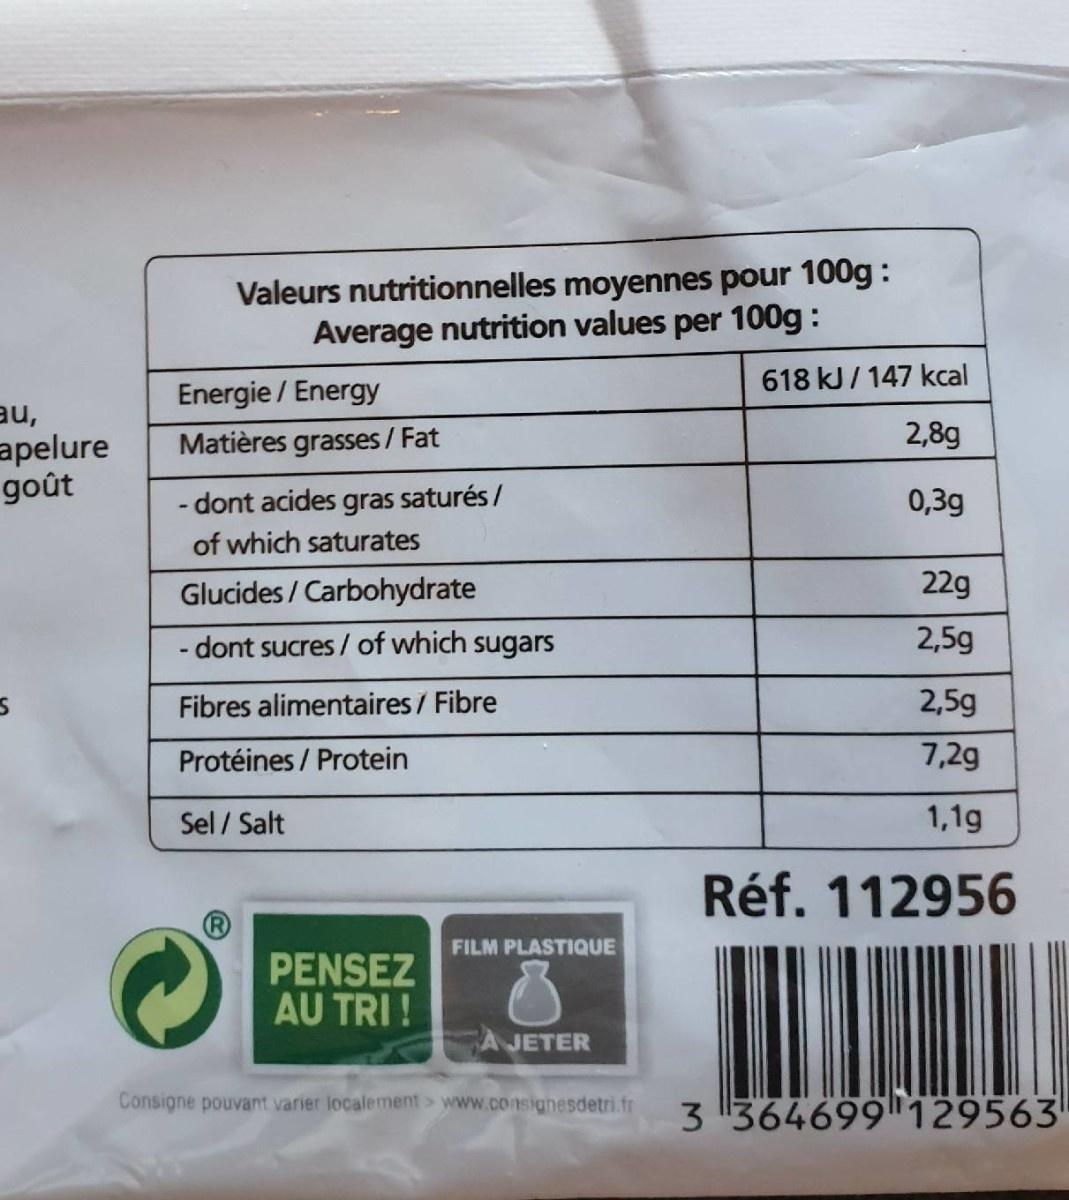
Valeurs nutritionnelles moyennes pour 100g: Average nutrition values per 100g :
618 kJ/ 147 kcal
Energie / Energy
'nE apelure
Matières grasses / Fat
2,8g
goût
- dont acides gras saturés/
0,3g
of which saturates
Glucides / Carbohydrate
22g
- dont sucres / of which sugars
2,5g
Fibres alimentaires / Fibre
2,5g
Protéines / Protein
7,2g
Sel / Salt
1,1g
Réf. 112956
FILM PLASTIQUE
PENSEZ AU TRI !
A JETER
Consigne pouvant varier localement > www.consignesdetri.fr
3 364699 129563